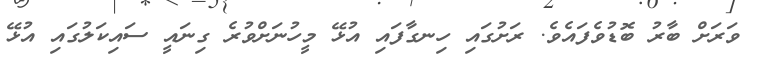
ވަރަށް ބާރު ބޮޑުވެފައެވެ. ރަށުގައި ހިނގާފައި އުޅޭ މީހުނަށްވުރެ ގިނައީ ސައިކަލުގައި އުޅޭ